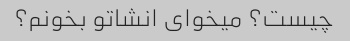
چیست؟ میخوای انشاتو بخونم؟